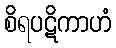
စိရပဋိကာဟံ